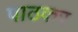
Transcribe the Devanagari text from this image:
पाठकर